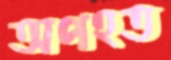
অপহত